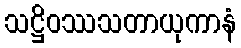
သဋ္ဌိဝဿသတာယုကာနံ